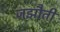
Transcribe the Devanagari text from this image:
जझौती